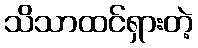
သိသာထင်ရှားတဲ့